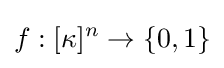
f:[\kappa ]^{n}\to \{0,1\}